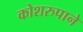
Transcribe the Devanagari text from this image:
कोशरुपाने